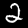
Label: 2